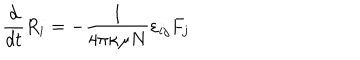
{ \frac { d } { d t } } R _ { i } = - { \frac { 1 } { 4 \pi \kappa \mu N } } \varepsilon _ { i j } F _ { j }